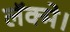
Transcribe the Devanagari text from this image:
लॅक्मे।